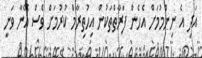
އަދި އެ ނިންމުމަށް އެހެން ފަރާތްތަކުން އިހުތިރާމް ކުރުމަށް ވެސް އޭނާ ވަނީ